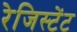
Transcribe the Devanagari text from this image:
रेजिस्टेंट